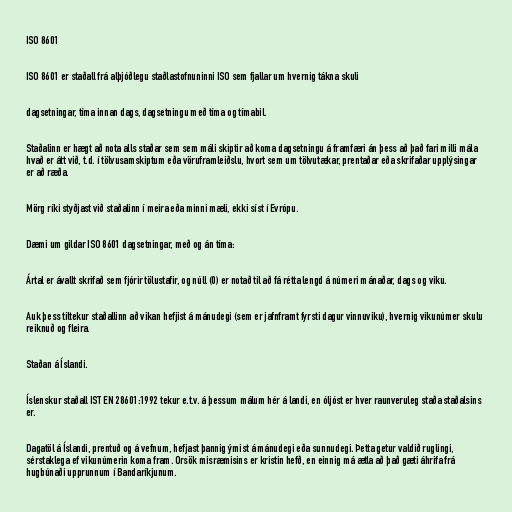
ISO 8601

ISO 8601 er staðall frá alþjóðlegu staðlastofnuninni ISO sem fjallar um hvernig tákna skuli

dagsetningar, tíma innan dags, dagsetningu með tíma og tímabil.

Staðalinn er hægt að nota alls staðar sem sem máli skiptir að koma dagsetningu á framfæri án þess að það fari milli mála
hvað er átt við, t.d. í tölvusamskiptum eða vöruframleiðslu, hvort sem um tölvutækar, prentaðar eða skrifaðar upplýsingar
er að ræða.

Mörg ríki styðjast við staðalinn í meira eða minni mæli, ekki síst í Evrópu.

Dæmi um gildar ISO 8601 dagsetningar, með og án tíma:

Ártal er ávallt skrifað sem fjórir tölustafir, og núll (0) er notað til að fá rétta lengd á númeri mánaðar, dags og viku.

Auk þess tiltekur staðallinn að vikan hefjist á mánudegi (sem er jafnframt fyrsti dagur vinnuviku), hvernig vikunúmer skulu
reiknuð og fleira.

Staðan á Íslandi.

Íslenskur staðall IST EN 28601:1992 tekur e.t.v. á þessum málum hér á landi, en óljóst er hver raunveruleg staða staðalsins
er.

Dagatöl á Íslandi, prentuð og á vefnum, hefjast þannig ýmist á mánudegi eða sunnudegi. Þetta getur valdið ruglingi,
sérstaklega ef vikunúmerin koma fram. Orsök misræmisins er kristin hefð, en einnig má ætla að það gæti áhrifa frá
hugbúnaði upprunnum í Bandaríkjunum.